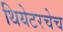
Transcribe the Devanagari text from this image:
थियेटरचेच